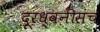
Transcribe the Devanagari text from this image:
दूरध्वनीसंच